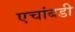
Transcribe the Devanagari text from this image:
एचांबडी